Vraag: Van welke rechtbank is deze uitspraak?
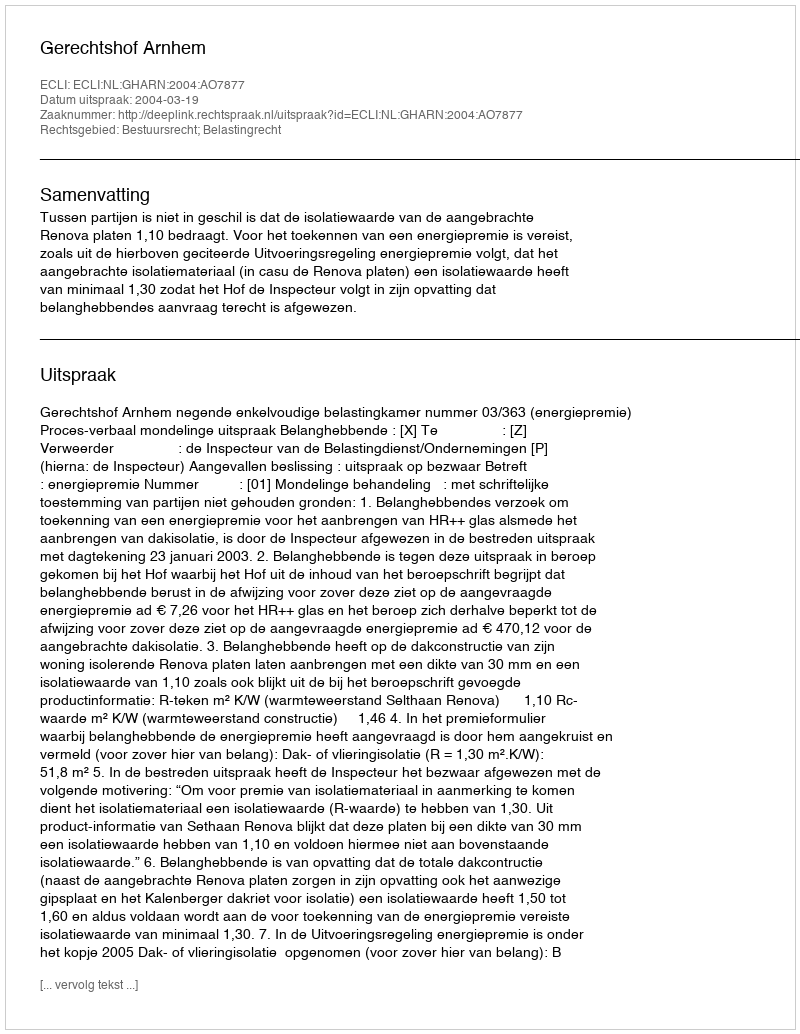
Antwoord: Gerechtshof Arnhem